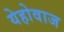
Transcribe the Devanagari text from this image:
येहोवाज